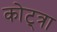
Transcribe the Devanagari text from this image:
कोट्त्रा